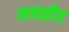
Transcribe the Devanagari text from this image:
समझौत